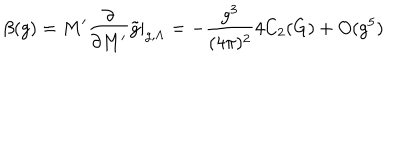
\beta ( g ) = M ^ { \prime } \frac { \partial } { \partial M ^ { \prime } } \tilde { g } | _ { g , \Lambda } = - \frac { g ^ { 3 } } { ( 4 \pi ) ^ { 2 } } 4 C _ { 2 } ( G ) + O ( g ^ { 5 } )